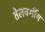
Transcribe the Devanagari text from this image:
तेलवर्गीय